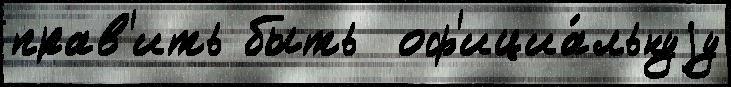
прав'ить быть  оф'ициа́льнуjу